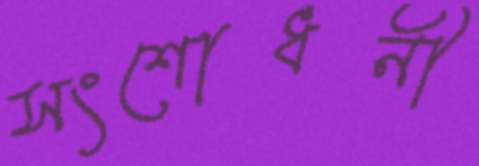
সংশোধনী